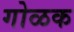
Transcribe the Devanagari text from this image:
गोळक